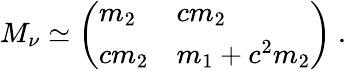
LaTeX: M_{\nu}\simeq\left(\begin{array}{ll}{{m_{2}}}&{{cm_{2}}}\\ {{cm_{2}}}&{{m_{1}+c^{2}m_{2}}}\end{array}\right)\ .